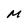
Character: M